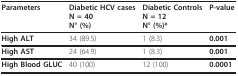
| Parameters | Diabetic HCV casesN = 40N° (%) | Diabetic ControlsN = 12N° (%)* | P-value |
 | --- | --- | --- | --- |
 | High ALT | 34 (89.5) | 1 (8.3) | 0.001 |
 | High AST | 24 (64.9) | 1 (8.3) | 0.001 |
 | High Blood GLUC | 40 (100) | 12 (100) | 0.0001 |